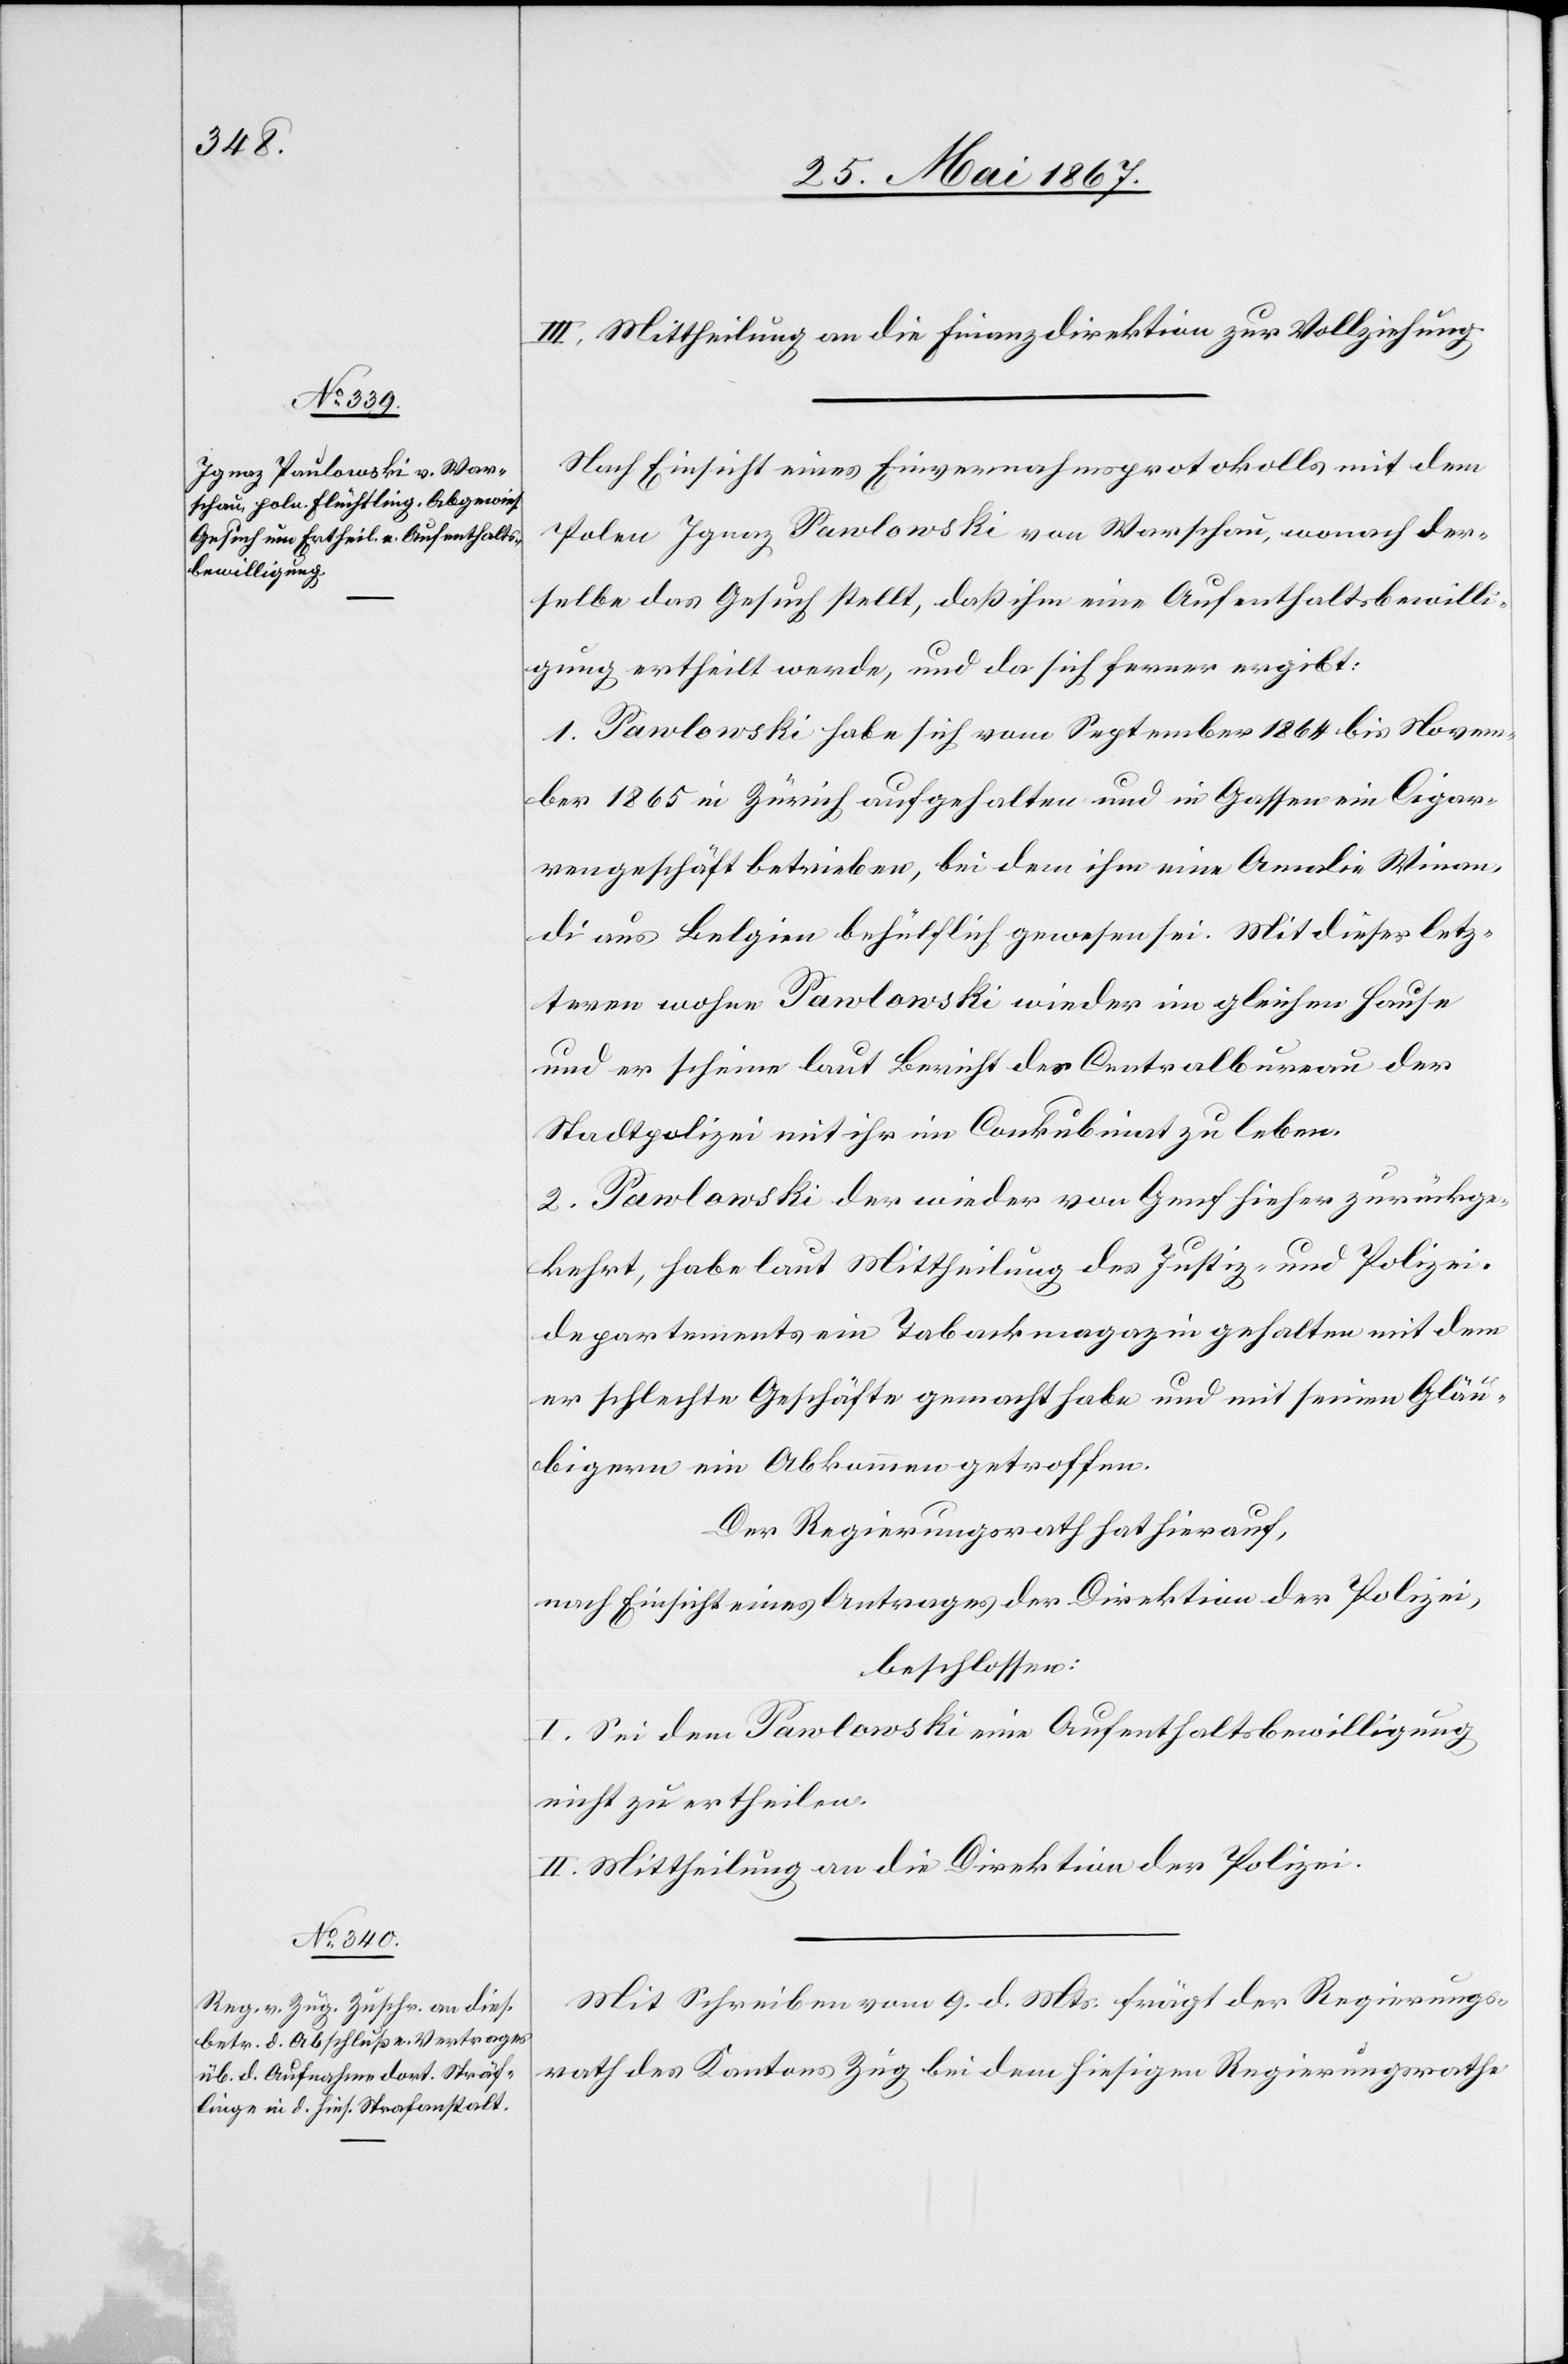
III. Mittheilung an die Finanzdirektion zur Vollziehung.
Nach Einsicht eines Einvernahmsprotokolls mit dem
Polen Ignaz Pawlowski von Warschau, wonach der¬
selbe das Gesuch stellt, daß ihm eine Aufenthaltsbewill¬
igung ertheilt werde, und da sich ferner ergibt:
1. Pawlowski habe sich vom September 1864 bis Novem¬
ber 1865 in Zürich aufgehalten und in Gassen ein Cigar¬
rengeschäft betrieben, bei dem ihm eine Amelie Winan¬
di aus Belgien behülflich gewesen sei. Mit dieser letz¬
teren wohne Pawlowski wieder im gleichen Hause
und er scheine laut Bericht des Controlbureau der
Stadtpolizei mit ihr im Conkubinat zu leben.
2. Pawlowski der wieder von Genf hieher zurückge¬
kehrt, habe laut Mittheilung des Justiz- und Polizei¬
departements ein Tabakmagazin gehalten mit dem
er schlechte Geschäfte gemacht habe und mit seinen Gläu¬
bigern ein Abkommen getroffen.
Der Regierungsrath hat hierauf,
nach Einsicht eines Antrages der Direktion der Polizei,
beschlossen:
I. Sei dem Pawlowski eine Aufenthaltsbewilligung
nicht zu ertheilen.
II. Mittheilung an die Direktion der Polizei.
Mit Schreiben vom 9. d. Mts. frägt der Regierungs¬
rath des Kantons Zug bei dem hiesigen Regierungsrathe